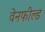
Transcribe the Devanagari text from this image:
वेनफील्ड